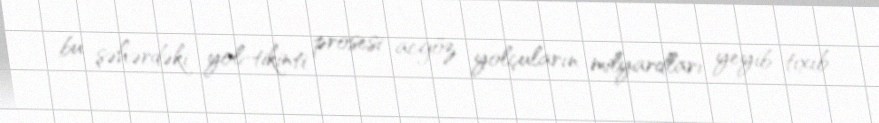
bu şəhərdəki yol-tikinti prosesi acgöz yolçuların milyardları yeyib-tıxıb